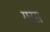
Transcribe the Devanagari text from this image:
गरस